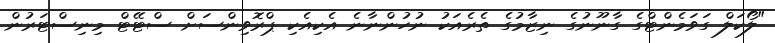
"ލޯކަލް ގަވަމެންޓްގެ ގާނޫނުގެ ނިޒާމުގެ ތެރެއަކު ނުހުންނާނެ އެކިއެކި ޕްރޮވިންސަށް ސްޓޭޓް މިނިސްޓަރުން